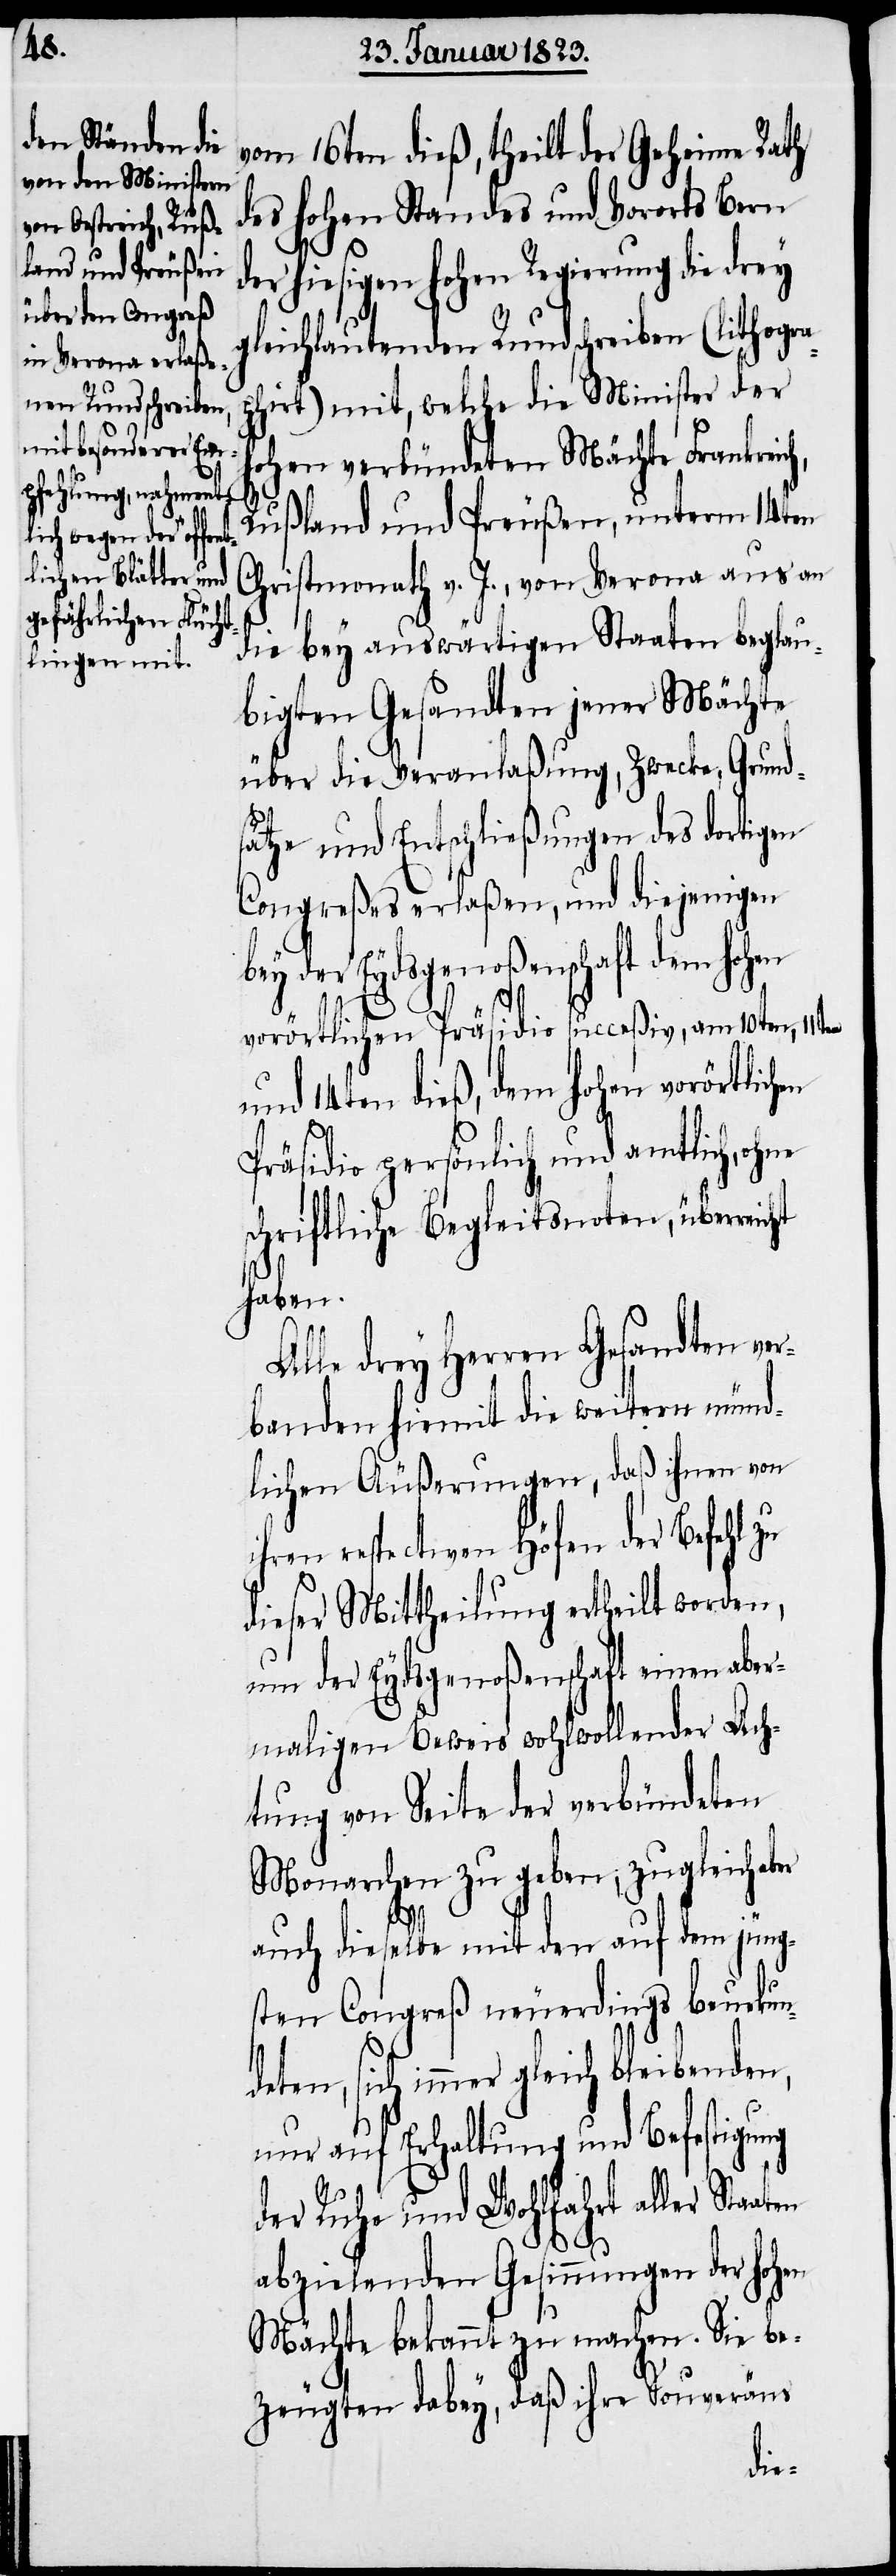
vom 16ten dieß, theilt der Geheime Rath
des hohen Standes und Vororts Bern
der hiesigen hohen Regierung die drey
gleichlautenden Rundschreiben (lithogra¬
phirt) mit, welche die Minister der
hohen verbündeten Mächte Frankreic¬
Rußland und Preußen, unterm 14ten
Christmonath v. J., von Verona aus an
die bey auswärtigen Staaten beglau¬
bigten Gesandten jener Mächte
über die Veranlaßung, Zwecke, Grund¬
sätze und Entschließungen des dortigen
Congreßes erlaßen, und diejenigen
der Eydsgenoßenschaft dem hoh¬
vorörtlichen Präsidio succeßiv, am 10ten, 11t¬
und 14ten dieß, dem hohen vorörtlich¬
Präsidio persönlich und amtlich, ohne
schriftliche Begleitsnoten, überreicht
haben.
Alle drey Herren Gesandten ver¬
banden hiemit die weitern münd¬
lichen Äußerungen, daß ihnen von
ihren respectiven Höfen der Befehl zu
dieser Mittheilung ertheilt worden,
um der Eydsgenoßenschaft einen aber¬
maligen Beweis wohlwollender Ach¬
tung von Seite der verbündeten
Monarchen zu geben, zugleich aber
en
auch dieselbe mit den auf dem jüng¬
sten Congreß neuerdings beurkun¬
deten, sich immer gleich bleibenden,
nur auf Erhaltung und Befestigung
der Ruhe und Wohlfahrt aller Sta¬
abzielenden Gesinnungen der hoh¬
Mächte bekannt zu machen. Sie be¬
zeugten dabey, daß ihre Souveräns